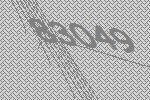
83049